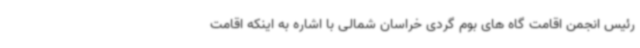
رئیس انجمن اقامت گاه های بوم گردی خراسان شمالی با اشاره به اینکه اقامت